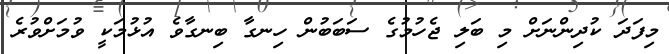
މިފަދަ ކުދިންނަށް މި ބަލި ޖެހުމުގެ ސަބަބުން ހިނގާ ބިނގާވެ އުޅުމަކީ ވުމަށްވުރެ